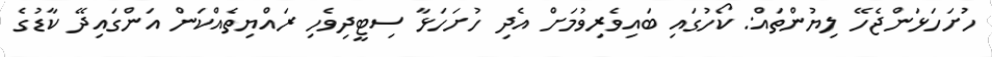
ހުށަހަޅަންޖެހޭ ލިޔުންތައް: ކޯހުގައި ބައިވެރިވުމަށް އެދި ހުށަހަޅާ ސިޓީދިވެހި ރައްޔިތެއްކަން އަންގައިދޭ ކާޑުގެ